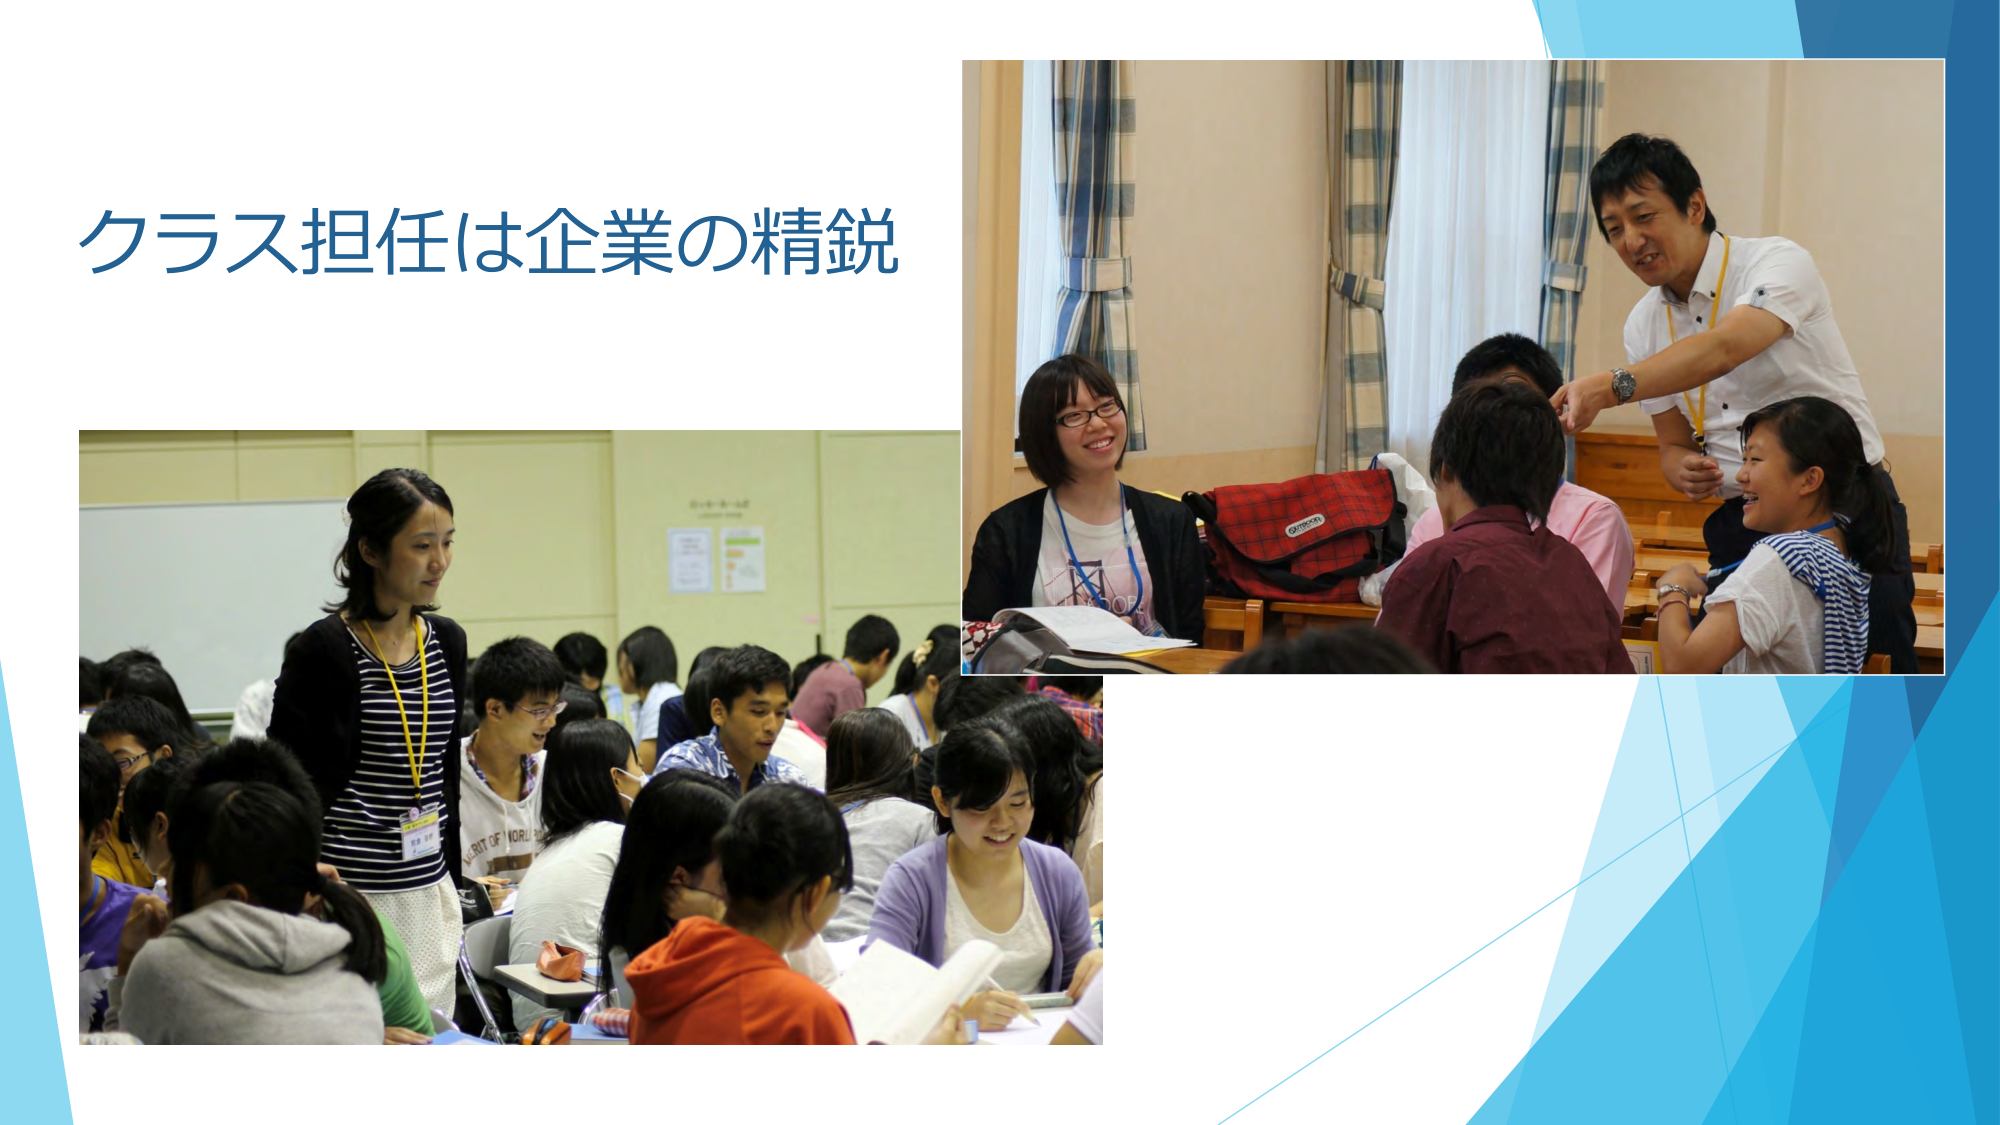
クラス担任は企業の精鋭